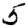
Digit: 5